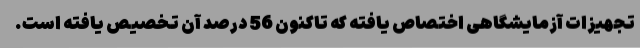
تجهیزات آزمایشگاهی اختصاص یافته که تاکنون 56 درصد آن تخصیص یافته است.